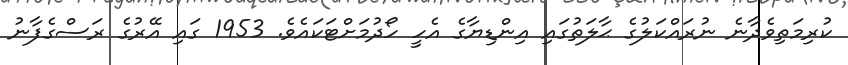
ކުރިމަތިވެދާނެ ނުރައްކަލުގެ ޙާލަތުގައި އިންޑިޔާގެ އެހީ ހޯދުމަށްޓަކައެވެ. 1953 ގައި އޭރުގެ ރަސްގެފާނު